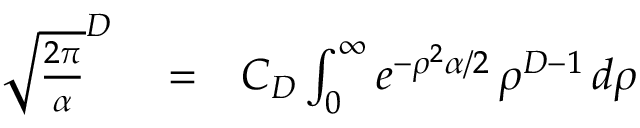
\begin{array} { r l r } { \sqrt { \frac { 2 \pi } { \alpha } } ^ { D } } & { { } = } & { C _ { D } \int _ { 0 } ^ { \infty } e ^ { - \rho ^ { 2 } \alpha / 2 } \, \rho ^ { D - 1 } \, d \rho } \end{array}